Lunatic asylums Punjab 1895-1910 - 1895-1910
Year: 1895
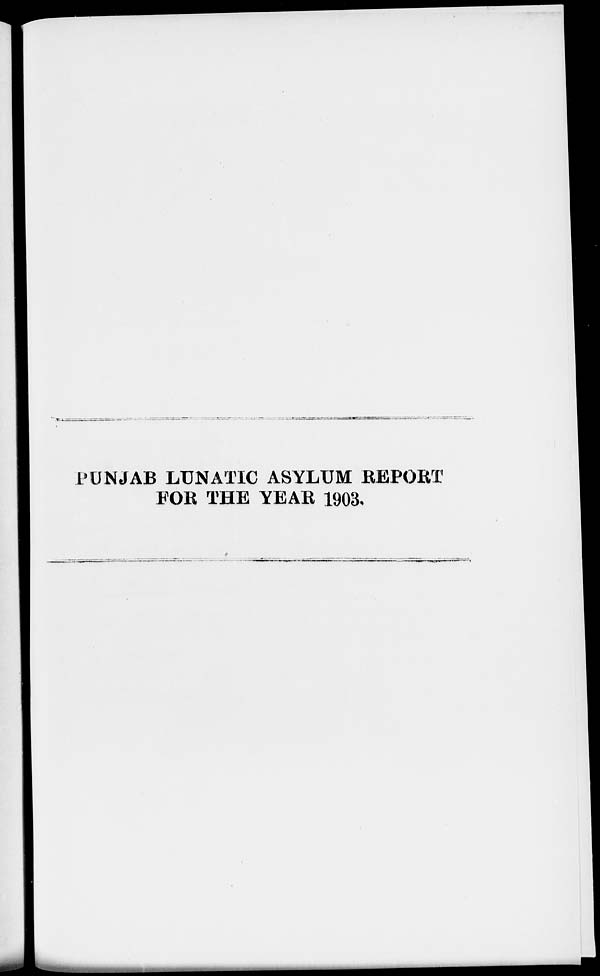
PUNJAB LUNATIC ASYLUM REPORT
FOR THE YEAR 1903.